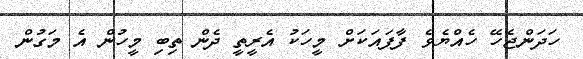
ހަދަންޖެހޭ ހެއްޔެވެ ފާފައަކަށް މީހަކު އެރީތީ ދެން ތިބި މީހުން އެ މަގުން